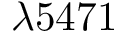
\lambda 5 4 7 1